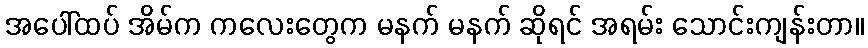
အပေါ်ထပ် အိမ်က ကလေးတွေက မနက် မနက် ဆိုရင် အရမ်း သောင်းကျန်းတာ။